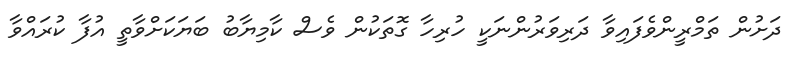
ދަށުން ތަމްރީންވެފައިވާ ދަރިވަރުންނަކީ ހުރިހާ ގޮތަކުން ވެސް ކާމިޔާބު ބަޔަކަށްވާތީ އުފާ ކުރައްވާ